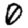
Digit: 0